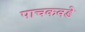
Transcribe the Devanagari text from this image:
पाचकवडे